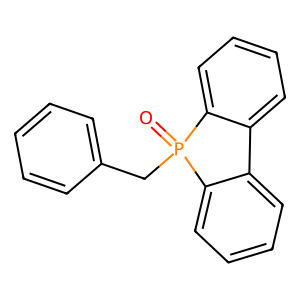
SMILES: O=P1(Cc2ccccc2)c2ccccc2-c2ccccc21
Inhibits HIV replication: No